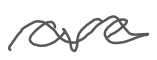
Text: are
Cross-out: wave
Writing tool: digital_gray